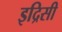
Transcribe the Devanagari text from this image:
इद्रिसी